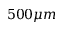
5 0 0 \mu m